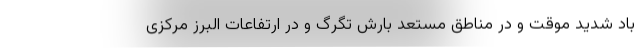
باد شدید موقت و در مناطق مستعد بارش تگرگ و در ارتفاعات البرز مرکزی